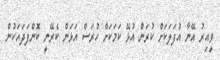
ވީއިރު އޭނާ އުފަލަކަށް ކުރަން އުޅޭ ކަމަކަށް ހުރަސް އަޅަން ކެރޭނީ ކޮންފަދައަކުން